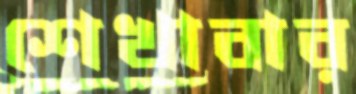
শেখাবার